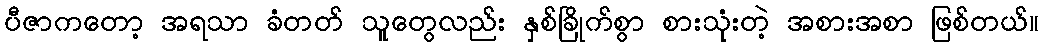
ပီဇာကတော့ အရသာ ခံတတ် သူတွေလည်း နှစ်ခြိုက်စွာ စားသုံးတဲ့ အစားအစာ ဖြစ်တယ်။